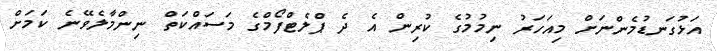
އަޅުގަނޑުމެންނަށް މިއަހަރު ނިމުމުގެ ކުރިން އެ ދެ ޕްލެޓްފޯމްގެ މަސައްކަތް ނިންމާލެވޭނެ ކަމަށް